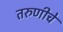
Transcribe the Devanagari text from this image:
तरुणीचे